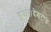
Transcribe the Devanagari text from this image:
हुआ।देशराज